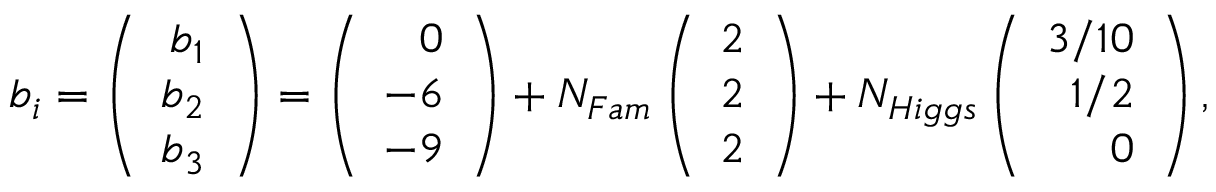
b _ { i } = \left( \begin{array} { r } { { b _ { 1 } } } \\ { { b _ { 2 } } } \\ { { b _ { 3 } } } \end{array} \right) = \left( \begin{array} { r } { { 0 } } \\ { { - 6 } } \\ { { - 9 } } \end{array} \right) + N _ { F a m } \left( \begin{array} { r } { { 2 } } \\ { { 2 } } \\ { { 2 } } \end{array} \right) + N _ { H i g g s } \left( \begin{array} { r } { { 3 / 1 0 } } \\ { { 1 / 2 } } \\ { { 0 } } \end{array} \right) ,